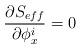
LaTeX: \begin{align*}\frac{\partial S_{eff} }{\partial \phi_x^i} = 0\end{align*}